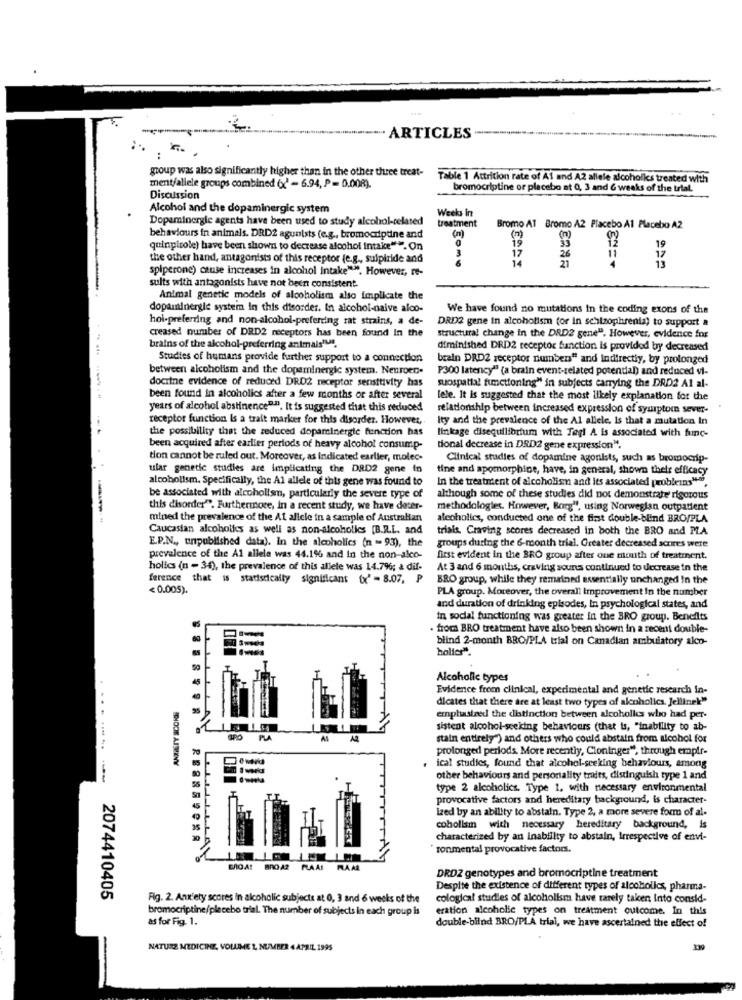
--
ARTICLES -
:
group was also significantly higher than in the other three treat-
Table 1 Attrition rate of A1 and A2 allele alcoholics treated with
ment/allele groups combined (x' - 6.94, P = 0.008).
bromocriptine or placebo at 0, 3 and & weeks of the trial.
Discussion
Alcohol and the dopaminergic system
Weeks in
Dopaminergle agents have been used to study alcohol-related
treatment
Bromo Al Bromo A2 Placebo Al Placebo A2
behaviours in animals. DRD2 agunists (e.g ., bromocriptine and
19
quinpicole) have been shown to decrease alcohol intake"". On
3
19
the other hand, antagonists of this receptor (e.g ., sulpiride and
17
14
17
13
spiperone) cause increases in alcohol intake"". However, re-
sults with antagonists have not been consistent.
Animal genetic models of alcoholism alto implicate the
dopaminergic system in this disorder. In alcohol-naive aloo-
We have found no mutations In the coding exons of the
hoi-preferring and non-alcohol-preferring rat strains, a de-
creased number of DRD2 receptors has been found In the
DRD2 gene in alcoholism (or in schizophrenia) to support a
structural change in the DRDZ gene". However, evidence for
brains of the alcohol-preferring animais".
diminished DRD2 receptor function is provided by decreased
Studies of humans provide further support to a connection
brain DRD2 receptor numbers" and indirectiy, by prolonged
between alcoholism and the dopaminergic system. Neuroen-
P300 latency" (a brain event-related potential) and reduced vi-
docitne evidence of reduced DRD2 receptor sensitivity has
suospatial functioning" in subjects carrying the DRD2 Al al-
been found in alcoholics after a few months or after several
lele. It is suggested that the most likely explanation for the
years of alcohol abstinence"". It is suggested that this reduced
relationship between increased expression of syurptom sever-
receptor function Is a trait marker for this disorder. However,
Ity and the prevalence of the Al allele, Is that a mutation In
the possibility that the reduced dopaminergic function has
linkage disequilibrium with Tegl A is associated with func-
been acquired after earlier periods of heavy alcohol consump-
tional decrease in DRD2 gene expression".
tion cannot be ruled out. Moreover, as indicated earlier, molec-
Clinical studies of dopamine agonists, such as bromocrip-
ular genetic studies are implicating the DRD2 gene in
tine and apomorphine, have, in general, shown their efficacy
alcoholism. Specifically, the Al allele of this gene was found to
In the treatment of alcoholism and its associated problems" ...
be associated with alcoholism, particularly the severe type of
although some of these studies did not demonstrate rigorous
this disorder". Furthermore, In a recent study, we have doter-
methodologies. However, Borg", using Norwegian outpatient
mined the prevalence of the Al allele in a sample of Australian
alcoholics, conducted one of the first double-blind BRO/PLA
Caucasian alcoholics as well as non-alcoholics [B.R.L. and
trials. Craving scores decreased in both the BRO and PLA
E.P.N ., unpublished data). In the alcoholics (n = 93), the
groups during the 6-month trial. Greater decreased scrires were
prevalence of the Al allela was 44.1% and In the non-alco-
first evident in the BRO group after one month of treatment.
holics (n - 34), the prevalence of this allele was 14.7%; a dif-
At 3 and 6 months, craving souns continued to decrease in the
ference that is statistically significant (x' - 8.07. P
BRO group, while they remained essentially unchanged In the
< 0.005).
PLA group. Moreover, the overall improvement In the number
and duration of drinking episodes, In psychological states, and
in social functioning was greater in the BRO group. Benefits
. from BRO treatment have also been shown in a recent double-
blind 2-month BRO/PLA trial on Canadian ambulatory alco-
holics".
Alcoholic types
Evidence from clinical, experimental and genetic research in-
dicates that there are at least two types of alcoholics. Jellinek"
ANASTY SCOKS
emphasized the distinction between alcoholics who had per-
sistent alcohol-seeking behaviours (that is, "inability to ab-
GRO
stain entirely") and others who could abstain from alcohol for
prolonged periods. More recently, Cloninger", through empir-
ical studies, found that alcohol-seeking behaviours, among
other behaviours and personality traits, distinguish type 1 and
type 2 alcoholics. Type 1, with necessary environmental
provocative factors and hereditary background, is character-
ized by an ability to abstain. Type 2, a more severe form of al-
coholisin with necessary hereditary background, is
characterized by an Inability to abstain, Irrespective of envi-
* ronmental provocative factors.
BRO AR
PLAAT MAAR
DRDZ genotypes and bromocriptine treatment
Despite the existence of different types of alcoholics, pharma-
2074410405
Fig. 2. Anxiety scores in alcoholic subjects at 0, 3 and 6 weeks of the
cological studies of alcoholism have rarely taken Into consid-
bromocriptine/plecebo trial. The number of subjects in each group is
eration alcoholic types on treatment outcome. In this
as for Fig. 1.
double-bilnd BRO/PLA trial, we have ascertained the effect of
NATURE MEDICINE, VOLUME 1, NUMBER 4 APRIL 1995